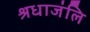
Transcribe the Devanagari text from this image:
श्रधाजंलि